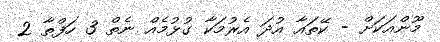
މޫންއަކަށް - ކޭތައާ އުދަ އެރުމަކާ ގުޅުމެއް ނެތް 3 ހަފްތާ 2